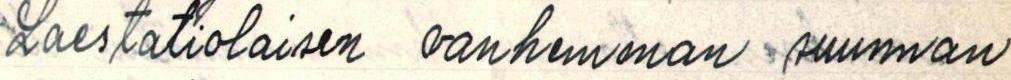
Laestatiolaisen vanhemman suunnan